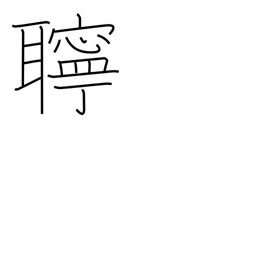
Meaning: noisy